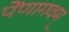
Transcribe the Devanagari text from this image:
पेंणागवम्